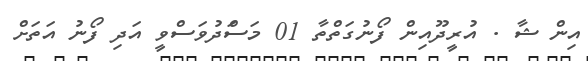
އިން ޝާ . އުރީދޫއިން ފޯނުގަތްތާ 01 މަސަްދުވަސްވީ އަދި ފޯނު އަތަށް